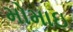
મોમાઇ